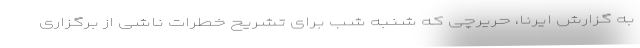
به گزارش ایرنا، حریرچی که شنبه شب برای تشریح خطرات ناشی از برگزاری